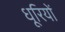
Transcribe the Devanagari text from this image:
धूरियों